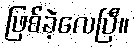
ဖြစ်ခဲ့လေပြီ။